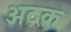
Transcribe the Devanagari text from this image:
अद्रक